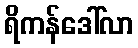
ရိကန်ဒေါ်လာ